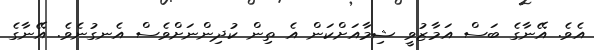
އެވެ. އޭނާގެ ބަސް އަމާޒުވީ ޝިމާއަށްކަން އެ ތިން ކުދިންނަށްވެސް އެނގުނެވެ. އޭނާގެ